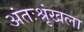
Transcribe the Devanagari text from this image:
अंतःश्रृंखला